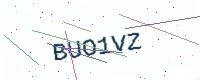
Text: BUO1VZ